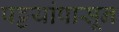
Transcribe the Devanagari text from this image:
पट्टयांपासून